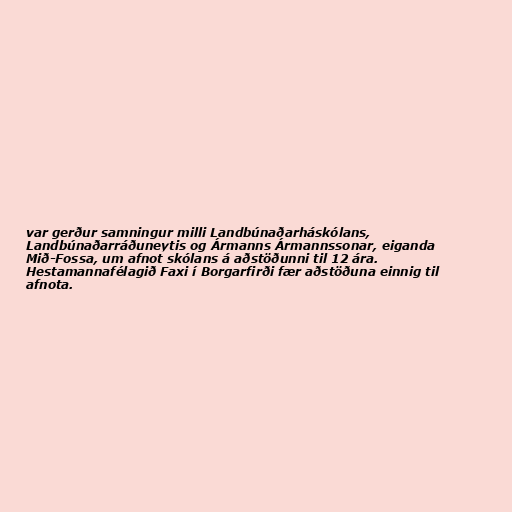
var gerður samningur milli Landbúnaðarháskólans,
Landbúnaðarráðuneytis og Ármanns Ármannssonar, eiganda
Mið-Fossa, um afnot skólans á aðstöðunni til 12 ára.
Hestamannafélagið Faxi í Borgarfirði fær aðstöðuna einnig til
afnota.